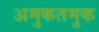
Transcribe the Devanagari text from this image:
अमुकतमुक